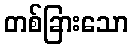
တစ်ခြားသော